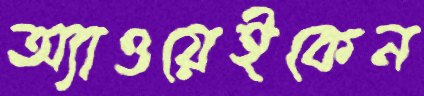
অ্যাওয়েইকেন